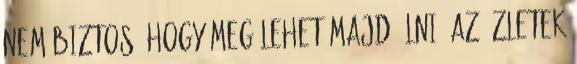
nem biztos, hogy meg lehet majd élni. Az üzletek